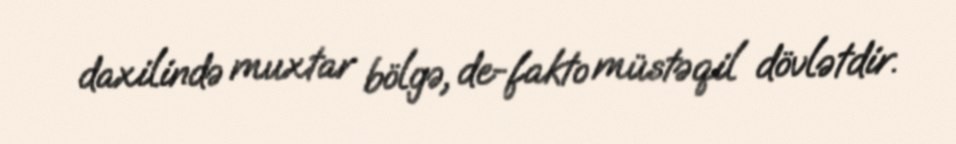
daxilində muxtar bölgə, de-fakto müstəqil dövlətdir.